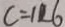
c = 1 2 6